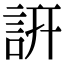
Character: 詽